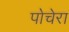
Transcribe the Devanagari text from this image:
पोचेरा